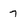
Character: 7